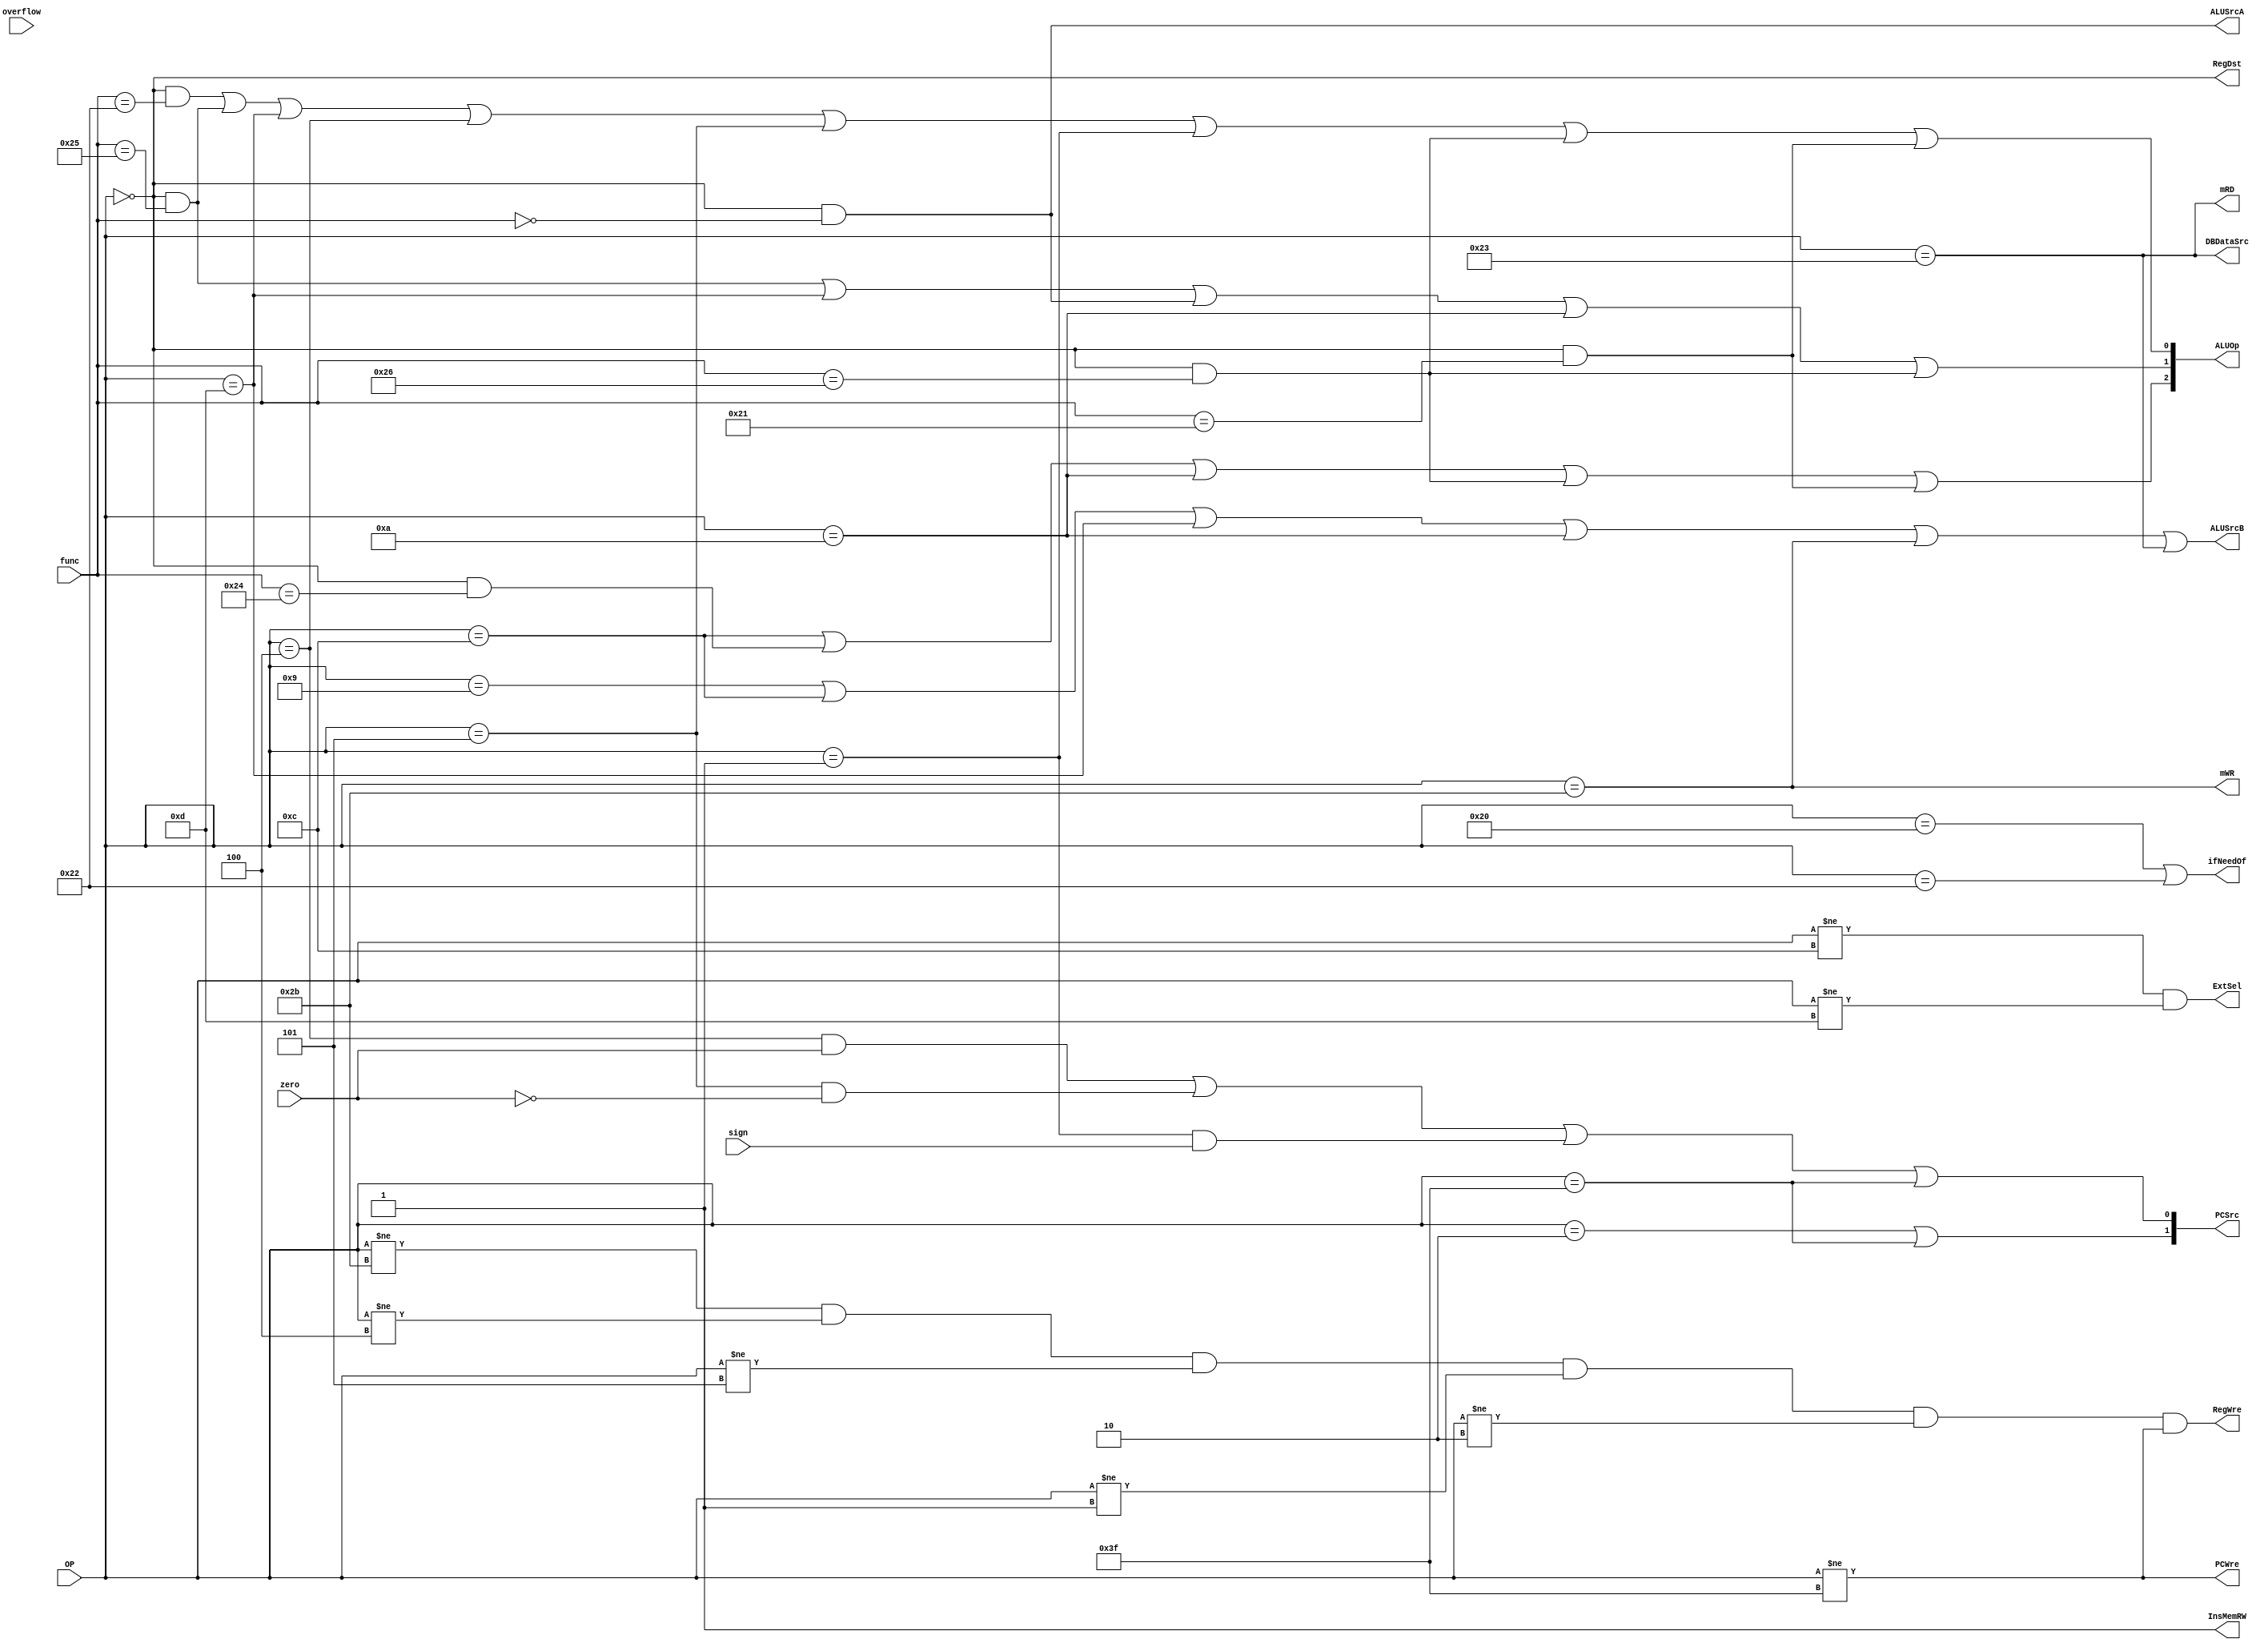
`timescale 1ns / 1ns
module controlUnit( 
	output PCWre,  //PC0PC
    output ALUSrcA, //0data11sll
    output ALUSrcB,  //0data21signzero
    output DBDataSrc, //0ALU1data memlw
    output RegWre,  //(RF)1
    output InsMemRW, // (IM)01
    output mRD,   //01lw
    output mWR, //1sw
    output RegDst,  //0rt1rd
    output ExtSel, // (EXT)100
    output[2:0] ALUOp, // (ALU)ALU8
    output[1:0] PCSrc, //00pc+4,01:beq,bne,bltz,10:j,11:
    input zero, // ALUzero
    input[5:0] OP, // op
    input[5:0] func,
    input overflow, //
    output ifNeedOf,
    input sign 
    );	
    parameter Rtype=6'b000000, addiu=6'b001001, andi=6'b001100, ori=6'b001101, slti=6'b001010, sw=6'b101011, lw=6'b100011, beq=6'b000100, bne=6'b000101, bltz=6'b000001, j=6'b000010, halt=6'b111111;
    parameter add=6'b100000, addu = 6'b100001, sub=6'b100010, and_=6'b100100, or_=6'b100101, nor_ = 6'b100110, sll=6'b000000;
    
    //
    assign PCWre=(OP!=halt);
    assign ALUSrcA=(OP==Rtype&&func==sll);
    assign ALUSrcB=(OP==addiu||OP==andi||OP==ori||OP==slti||OP==sw||OP==lw);
    assign DBDataSrc=(OP==lw);
    assign RegWre=( OP!=sw && OP!=beq && OP!=bne && OP!=bltz && OP!=j && OP!=halt);
    assign InsMemRW=1;
    assign mRD=(OP==lw);
    assign mWR=(OP==sw);
    assign RegDst=(OP==Rtype);
    assign ExtSel=(OP!=andi&&OP!=ori);
    assign ALUOp[0]=(OP==Rtype&&func==sub||OP==Rtype&&func==or_||OP==ori||OP==beq||OP==bne||OP==bltz||OP==Rtype&&func==nor_||OP==Rtype&&func==addu);
    assign ALUOp[1]=(OP==Rtype&&func==or_||OP==ori||OP==Rtype&&func==sll||OP==slti||OP==Rtype&&func==nor_);
    assign ALUOp[2]=(OP==andi||OP==Rtype&&func==and_||OP==slti||OP==Rtype&&func==nor_||OP==Rtype&&func==addu);
    assign PCSrc[0]=(OP==beq&&zero==1||OP==bne&&zero==0||OP==bltz&&sign==1||OP==halt);
    assign PCSrc[1]=(OP==j||OP==halt);
    assign ifNeedOf=(OP==add||OP==sub); //
endmodule